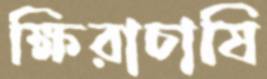
ক্ষিরাচাষি